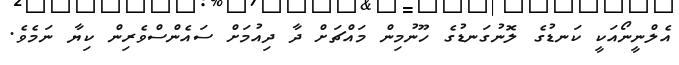
އެލްނީނޯއަކީ ކަނޑުގެ ލޮނުގަނޑުގެ ހޫނުމިން މައްޗަށް ދާ ދިއުމަށް ސައެންސްވެރިން ކިޔާ ނަމެވެ.